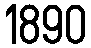
1890